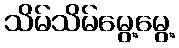
သိမ်သိမ်မွေ့မွေ့